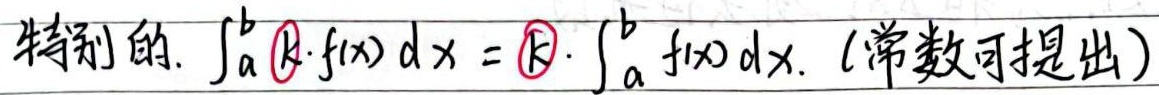
特别的，$\int_{a}^{b} \textcircled{K}\cdot f(x)\mathrm{d}x = \textcircled{K}\cdot\int_{a}^{b} f(x)\mathrm{d}x$。(常数可提出）